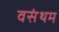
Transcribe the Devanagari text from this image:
वसंथम